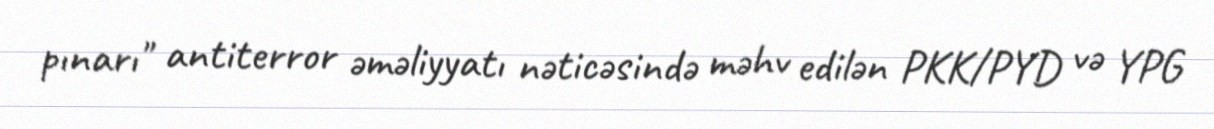
pınarı" antiterror əməliyyatı nəticəsində məhv edilən PKK/PYD və YPG